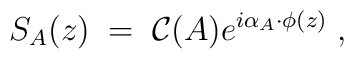
S_{A}(z) \;=\; {\cal C}(A)e^{i\alpha_{A}\cdot\phi (z)} \; ,